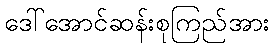
ဒေါ်အောင်ဆန်းစုကြည်အား